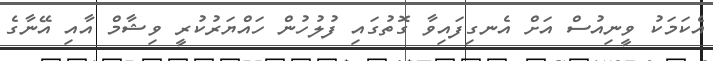
އެކަމަކު ވީނިއުސް އަށް އެނގިފައިވާ ގޮތުގައި ފުލުހުން ހައްޔަރުކުރީ ވިޝާމް އާއި އޭނާގެ